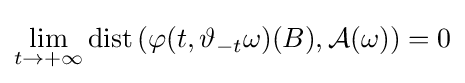
\lim _{t\to +\infty }\mathrm {dist} \left(\varphi (t,\vartheta _{-t}\omega )(B),{\mathcal {A}}(\omega )\right)=0